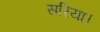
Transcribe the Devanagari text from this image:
सरिया।